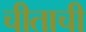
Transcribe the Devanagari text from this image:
चीताची